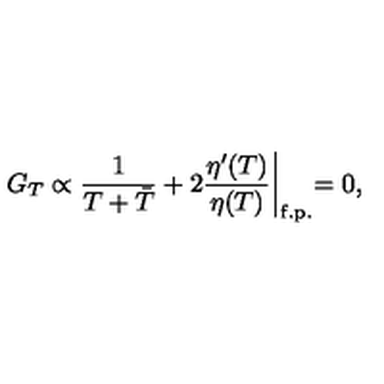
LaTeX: G _ { T } \propto { \frac { 1 } { T + \bar { T } } } + 2 { \frac { \eta ^ { \prime } ( T ) } { \eta ( T ) } } \biggl \vert _ { \mathrm { f . p . } } = 0 ,